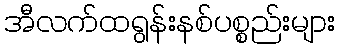
အီလက်ထရွန်းနစ်ပစ္စည်းများ